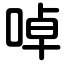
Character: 啅